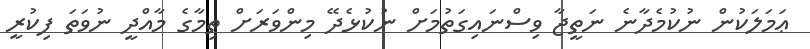
ޢަމަލަކުން ނުކުމެދާނެ ނަތީޖާ ވިސްނައިގަތުމަށް ނުކުޅެދޭ މިންވަރަށް ތިމާގެ މާއްދީ ނުވަތަ ފިކުރީ